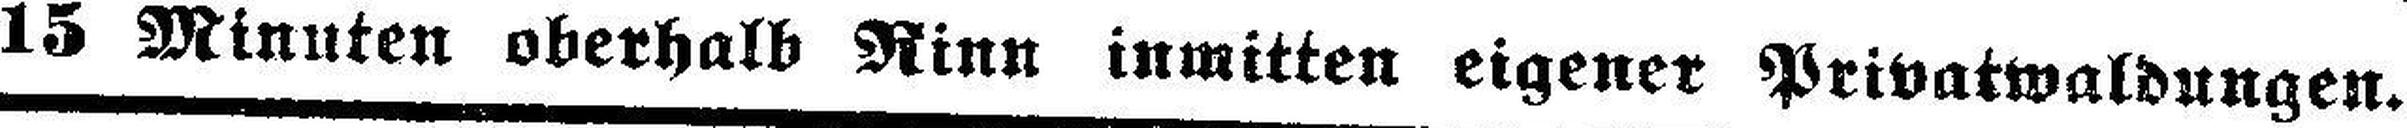
15 Minuten oberhalb Rinn inmitten eigener Privatwaldungen.